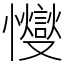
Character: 㦪